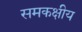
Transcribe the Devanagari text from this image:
समकक्षीय